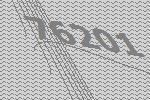
76201